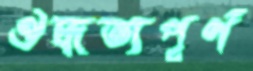
ঔদ্ধত্যপূর্ণ